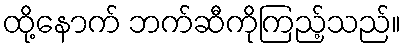
ထို့နောက် ဘက်ဆီကိုကြည့်သည်။